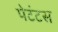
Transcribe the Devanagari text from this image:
पेटंटस